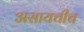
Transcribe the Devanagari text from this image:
असायचीच